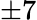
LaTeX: \pm 7